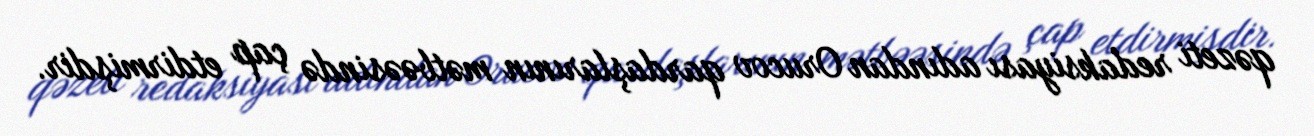
qəzeti redaksiyası adından Orucov qardaşlarının mətbəəsində çap etdirmişdir.